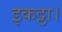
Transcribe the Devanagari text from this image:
इकट्ठा।